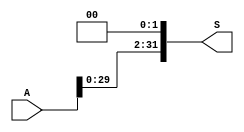
module SLL_2(S, A);
    input [31:0] A;
    output [31:0] S;

    wire low;

    assign low = 1'b0;

    assign S[0] =  low;
    assign S[1] =  low;
    assign S[2] =  A[0];
    assign S[3] =  A[1];
    assign S[4] =  A[2];
    assign S[5] =  A[3];
    assign S[6] =  A[4];
    assign S[7] =  A[5];
    assign S[8] =  A[6];
    assign S[9] =  A[7];
    assign S[10] =  A[8];
    assign S[11] =  A[9];
    assign S[12] =  A[10];
    assign S[13] =  A[11];
    assign S[14] =  A[12];
    assign S[15] =  A[13];
    assign S[16] =  A[14];
    assign S[17] =  A[15];
    assign S[18] =  A[16];
    assign S[19] =  A[17];
    assign S[20] =  A[18];
    assign S[21] =  A[19];
    assign S[22] =  A[20];
    assign S[23] =  A[21];
    assign S[24] =  A[22];
    assign S[25] =  A[23];
    assign S[26] =  A[24];
    assign S[27] =  A[25];
    assign S[28] =  A[26];
    assign S[29] =  A[27];
    assign S[30] =  A[28];
    assign S[31] =  A[29];


endmodule